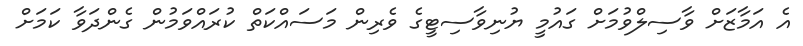
އެ އަމާޒަށް ވާސިލްވުމަށް ގައުމީ ޔުނިވާސިޓީގެ ވެރިން މަސައްކަތް ކުރައްވަމުން ގެންދަވާ ކަމަށް